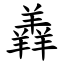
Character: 羴